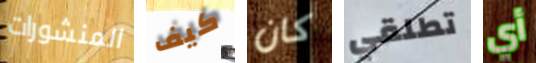
المنشورات كيف كان تطلقي أي